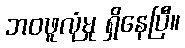
ဘဝဖူလုံမှု ရှိနေပြီ။